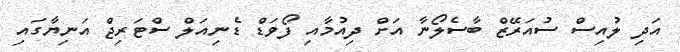
އަދި ލުއިސް ސުއަރޭޒް ބާސެލޯނާ އަށް ދިއުމާއި ފޯވަޑް ޑެނިއަލް ސްޓަރިޖް އަނިޔާގައި